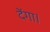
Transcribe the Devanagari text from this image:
देंगा।